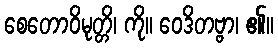
စေတောဝိမုတ္တိ၊ ကို။ ဝေဒိတဗ္ဗာ၊ ၏။